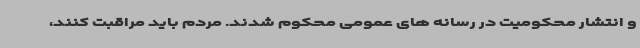
و انتشار محکومیت در رسانه های عمومی محکوم شدند. مردم باید مراقبت کنند،